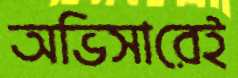
অভিসারেই